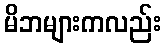
မိဘများကလည်း